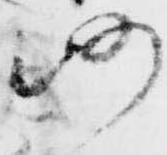
仍